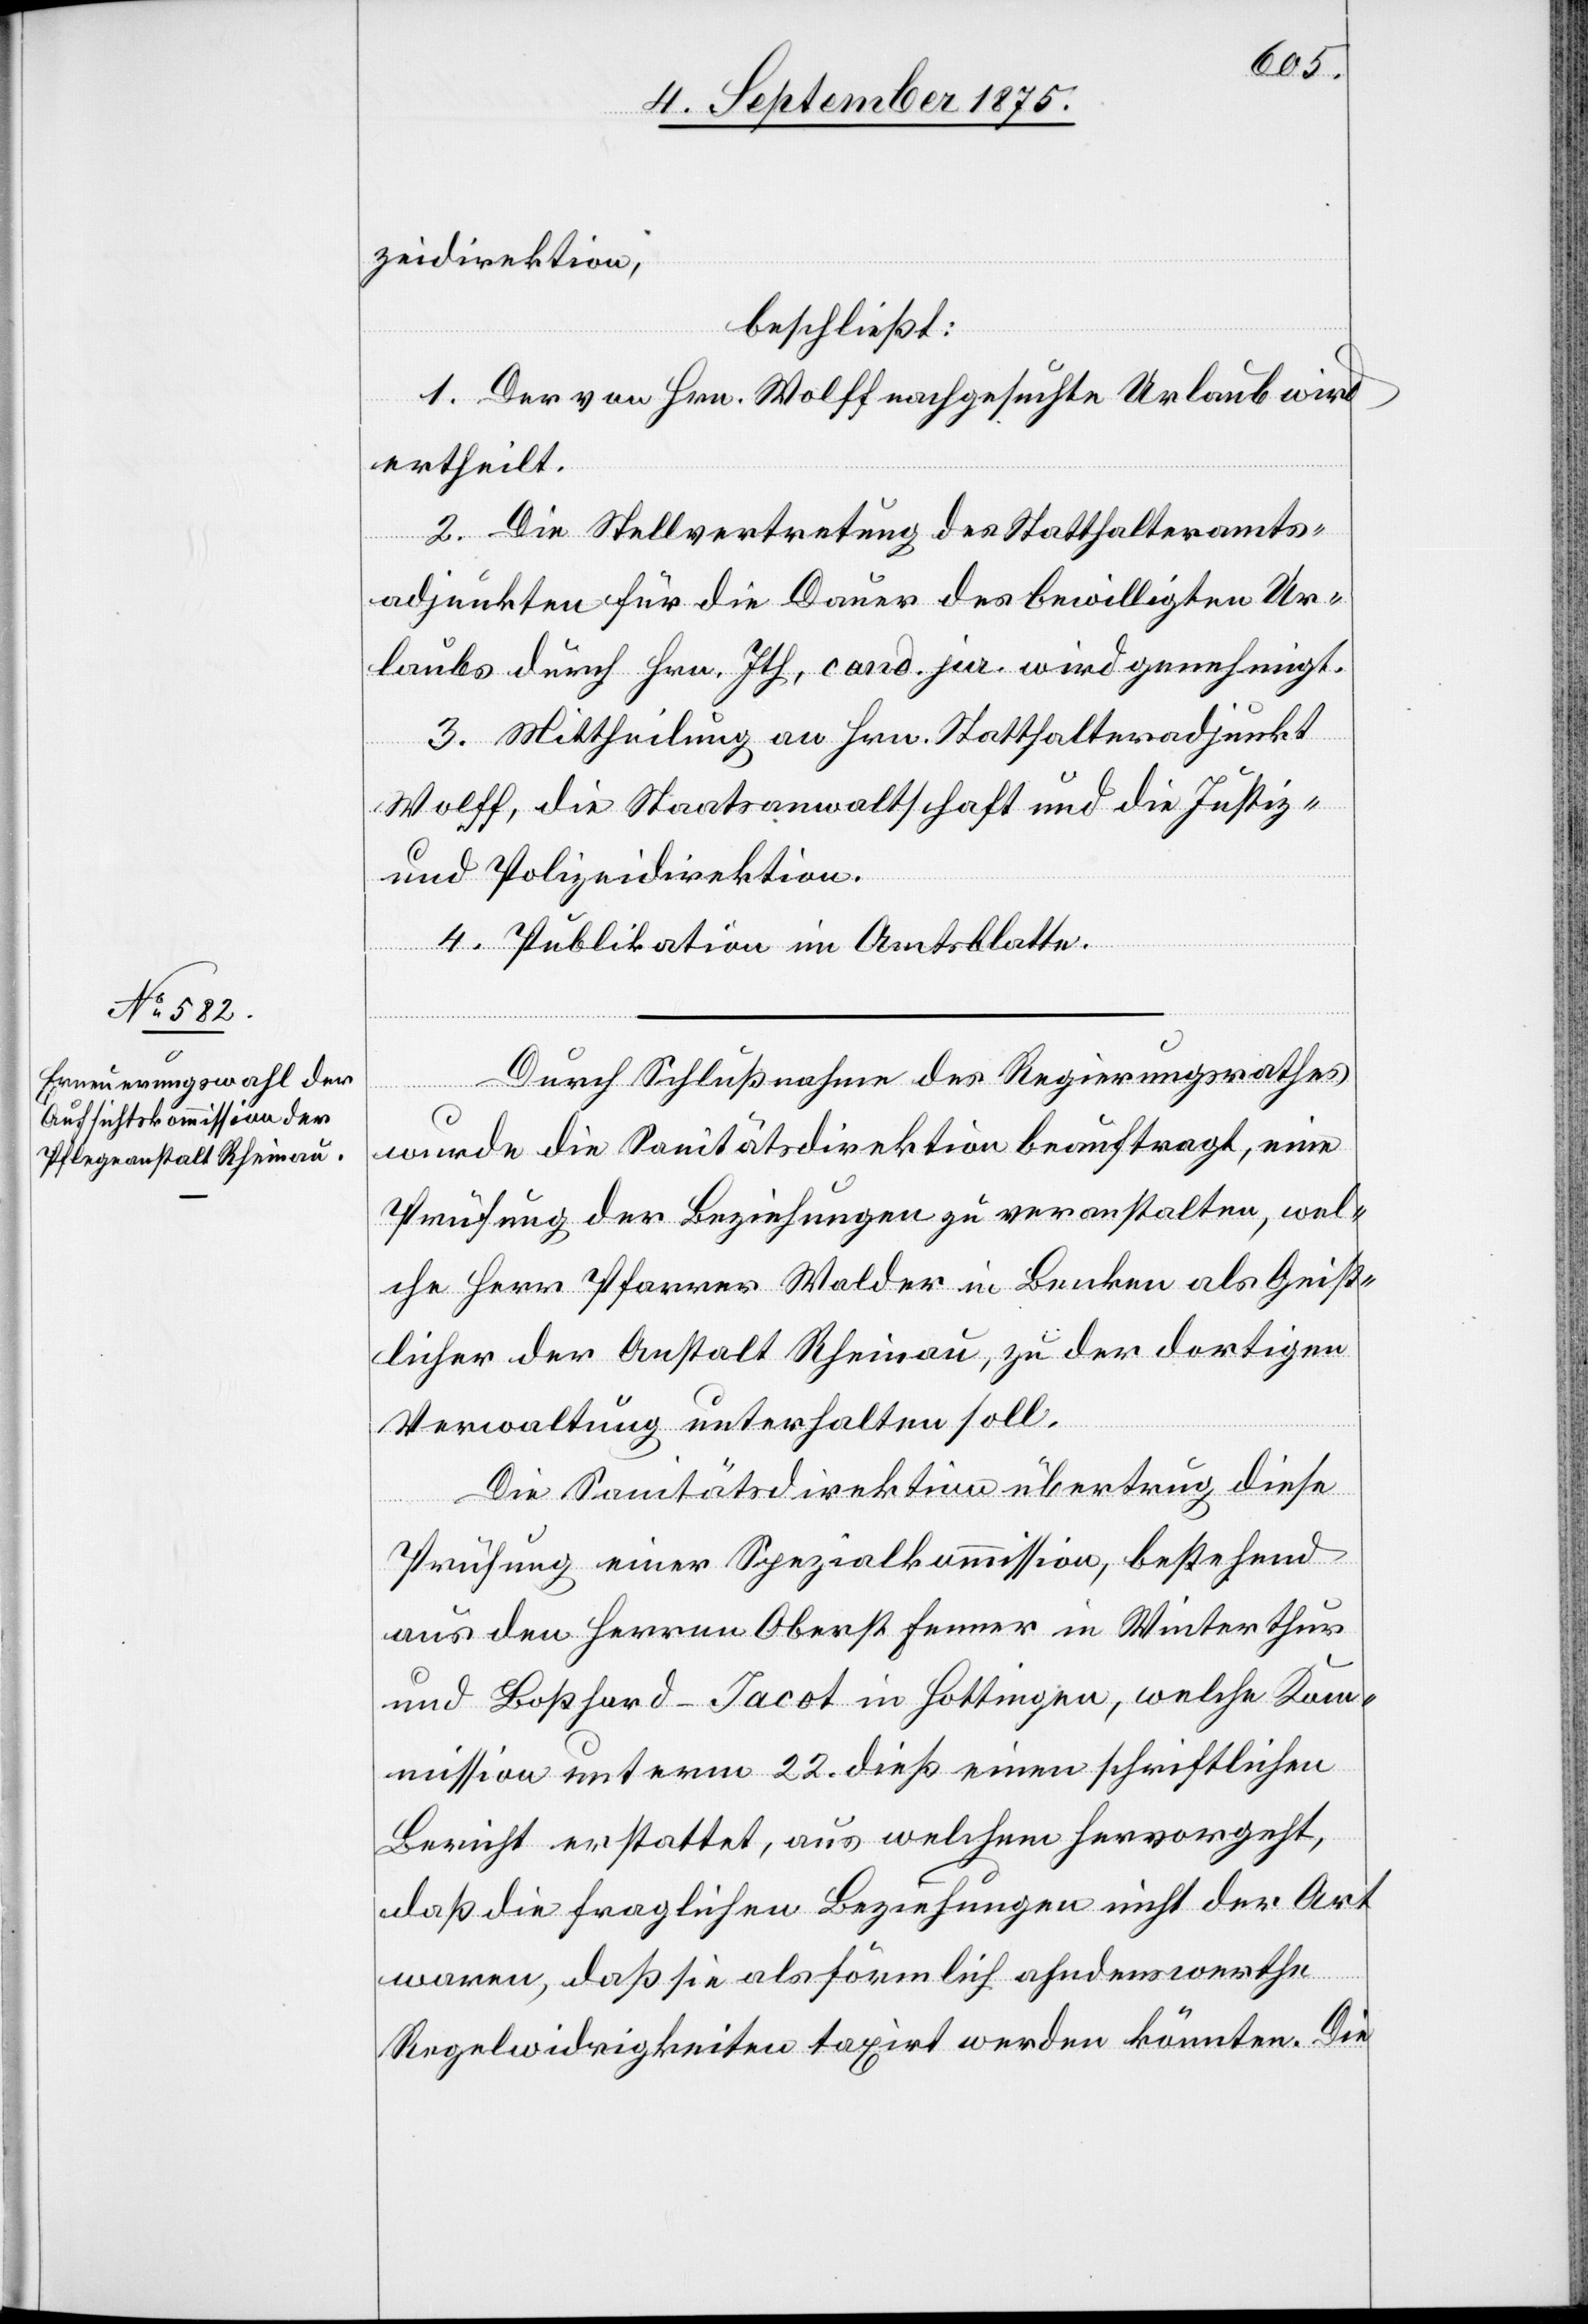
zeidirektion,
beschließt:
1. Der von Hrn.Wolff nachgesuchte Urlaub wird
ertheilt.
2. Die Stellvertretung des Statthalteramts¬
adjunkten für die Dauer des bewilligten Ur¬
laubes durch Hrn. Ith, cand. jur. wird genehmigt.
3. Mittheilung an Hrn. Statthalteradjunkt
Wolff, die Staatsanwaltschaft und die Justiz-
und Polizeidirektion.
4. Publikation im Amtsblatte.
Durch Schlußnahme des Regierungsrathes
wurde die Sanitätsdirektion beauftragt, eine
Prüfung der Beziehungen zu veranstalten, wel¬
che Herr Pfarrer Walder in Benken als Geist¬
licher der Anstalt Rheinau, zu der dortigen
Verwaltung unterhalten soll.
Die Sanitätsdirektion übertrug diese
Prüfung einer Spezialkommission, bestehend
aus den Herren Oberst Fenner in Winterthur
und Boßhard-Iacot in Hottingen, welche Ko¬
mmission unterm 22. dieß einen schriftlichen
Bericht erstattet, aus welchem hervorgeht,
daß die fraglichen Beziehungen nicht der Art
waren, daß sie als förmlich ahndenswerthe
Regelwidrigkeiten taxirt werden könnten. Die